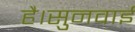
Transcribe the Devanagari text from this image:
है।सुनवाई